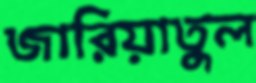
জারিয়াতুল